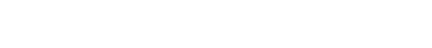
ပထမဆုံး စဆိုတယ်လို့ အထင်ခံရတဲ့အထိ လူသိများခဲ့ပါတယ်။